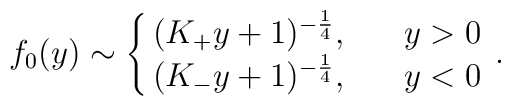
f_0(y)\sim\left\{\matrix{(K_+y+1)^{-{1\over 4}},\ \ \ \ \ y>0\cr(K_-y+1)^{-{1\over 4}},\ \ \ \ \ y<0}\right..